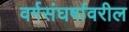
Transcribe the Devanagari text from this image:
वर्गसंघर्षावरील